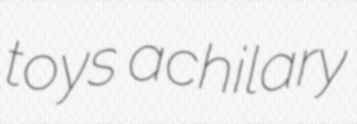
toys achilary